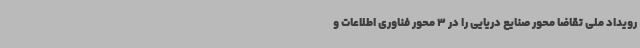
رویداد ملی تقاضا محور صنایع دریایی را در 3 محور فناوری اطلاعات و